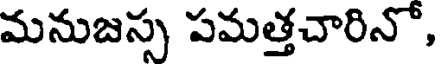
మనుజస్స పమత్తచారినో,